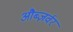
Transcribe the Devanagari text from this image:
औब्ज़र्वर